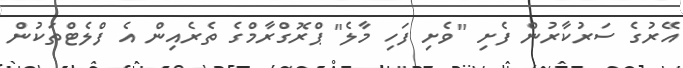
އޭރުގެ ސަރުކާރުން ފެށި "ވެށި ފަހި މާލެ" ޕްރޮގްރާމްގެ ތެރެއިން އެ ފްލެޓްތަކުން